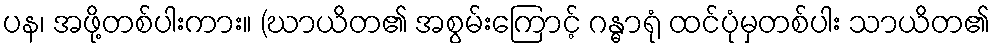
ပန၊ အဖို့တစ်ပါးကား။ (ဃာယိတ၏ အစွမ်းကြောင့် ဂန္ဓာရုံ ထင်ပုံမှတစ်ပါး သာယိတ၏